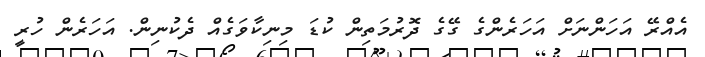
އެއްރޭ އަހަންނަށް އަހަރެންގެ ގޭގެ ދޮރުމަތިން ކުޑަ މިނިކާވަގެއް ދެކުނިން. އަހަރެން ހުރީ